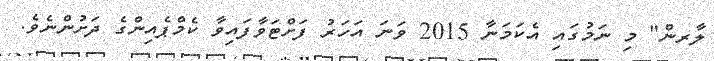
ލާރން" މި ނަމުގައި އެކަމަނާ 2015 ވަނަ އަހަރު ފަށްޓަވާފައިވާ ކެމްޕެއިންގެ ދަށުންނެވެ.